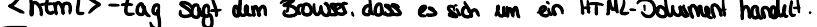
<html> - tag sagt dem Browser, dass es sich um ein HTML-Dokument handelt.